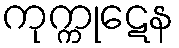
ကုက္ကုဋေန